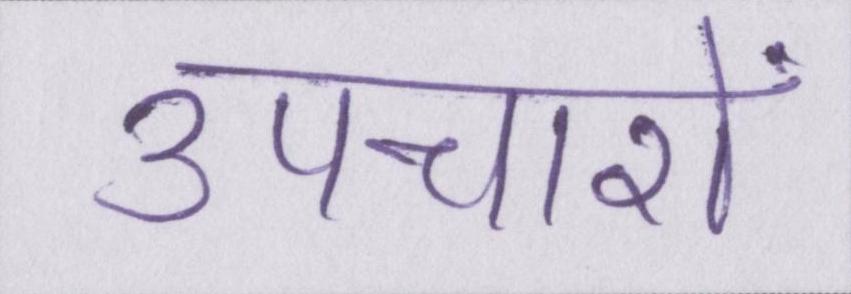
उपचारों